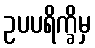
ဥပပရိက္ခိမှ